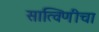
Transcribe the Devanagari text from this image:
सात्विणीचा